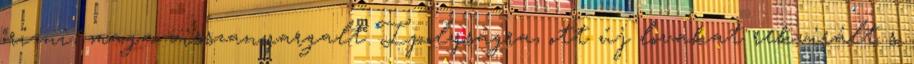
őrizni, maga visszanyargalt Ipolyságra, ott új lovakat rekvirált s